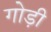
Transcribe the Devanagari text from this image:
गोड़ी